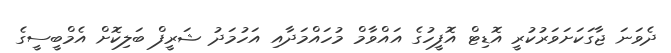
ދެވަނަ ޖާގަކަށަވަރުކުރީ އޮޑިޓް އޮފީހުގެ އައްވާމް މުހައްމަދާއި އަހުމަދު ޝަރީފް ބަލިކޮށް އެމްބީސީގެ